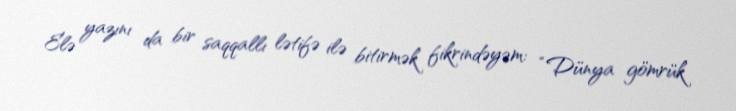
Elə yazını da bir saqqallı lətifə ilə bitirmək fikrindəyəm: “Dünya gömrük